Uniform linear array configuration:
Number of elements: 12
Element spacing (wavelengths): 0.5
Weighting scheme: kaiser
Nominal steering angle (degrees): -30
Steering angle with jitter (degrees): -29.443
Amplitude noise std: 0.05
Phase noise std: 0.05

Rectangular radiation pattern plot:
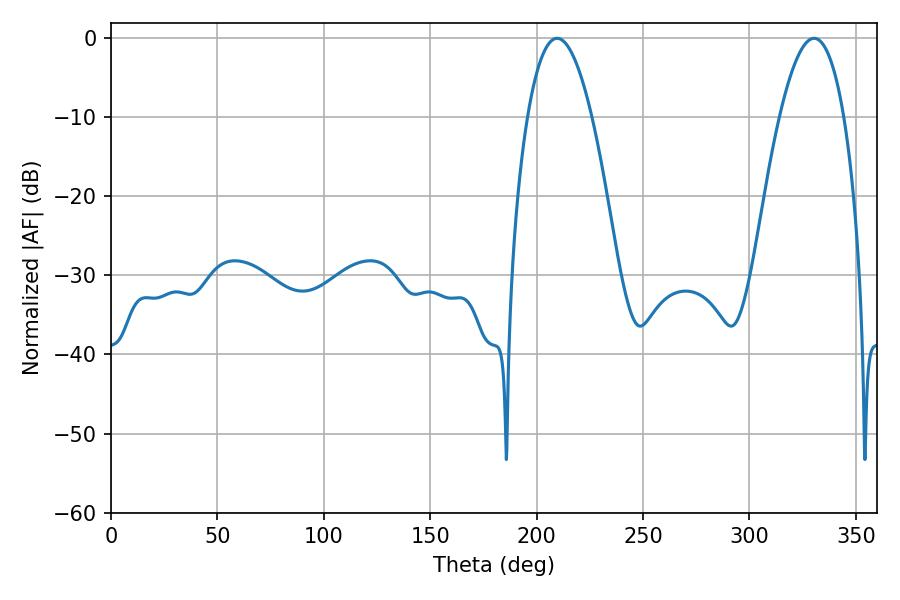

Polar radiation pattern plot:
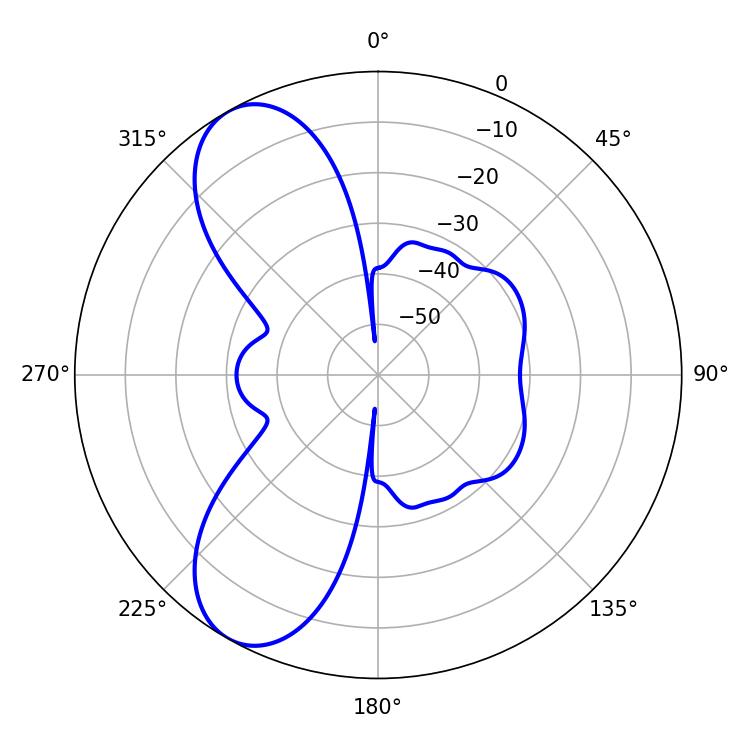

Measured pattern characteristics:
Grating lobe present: FALSE
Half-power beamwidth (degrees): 16.74
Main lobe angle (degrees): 209.7